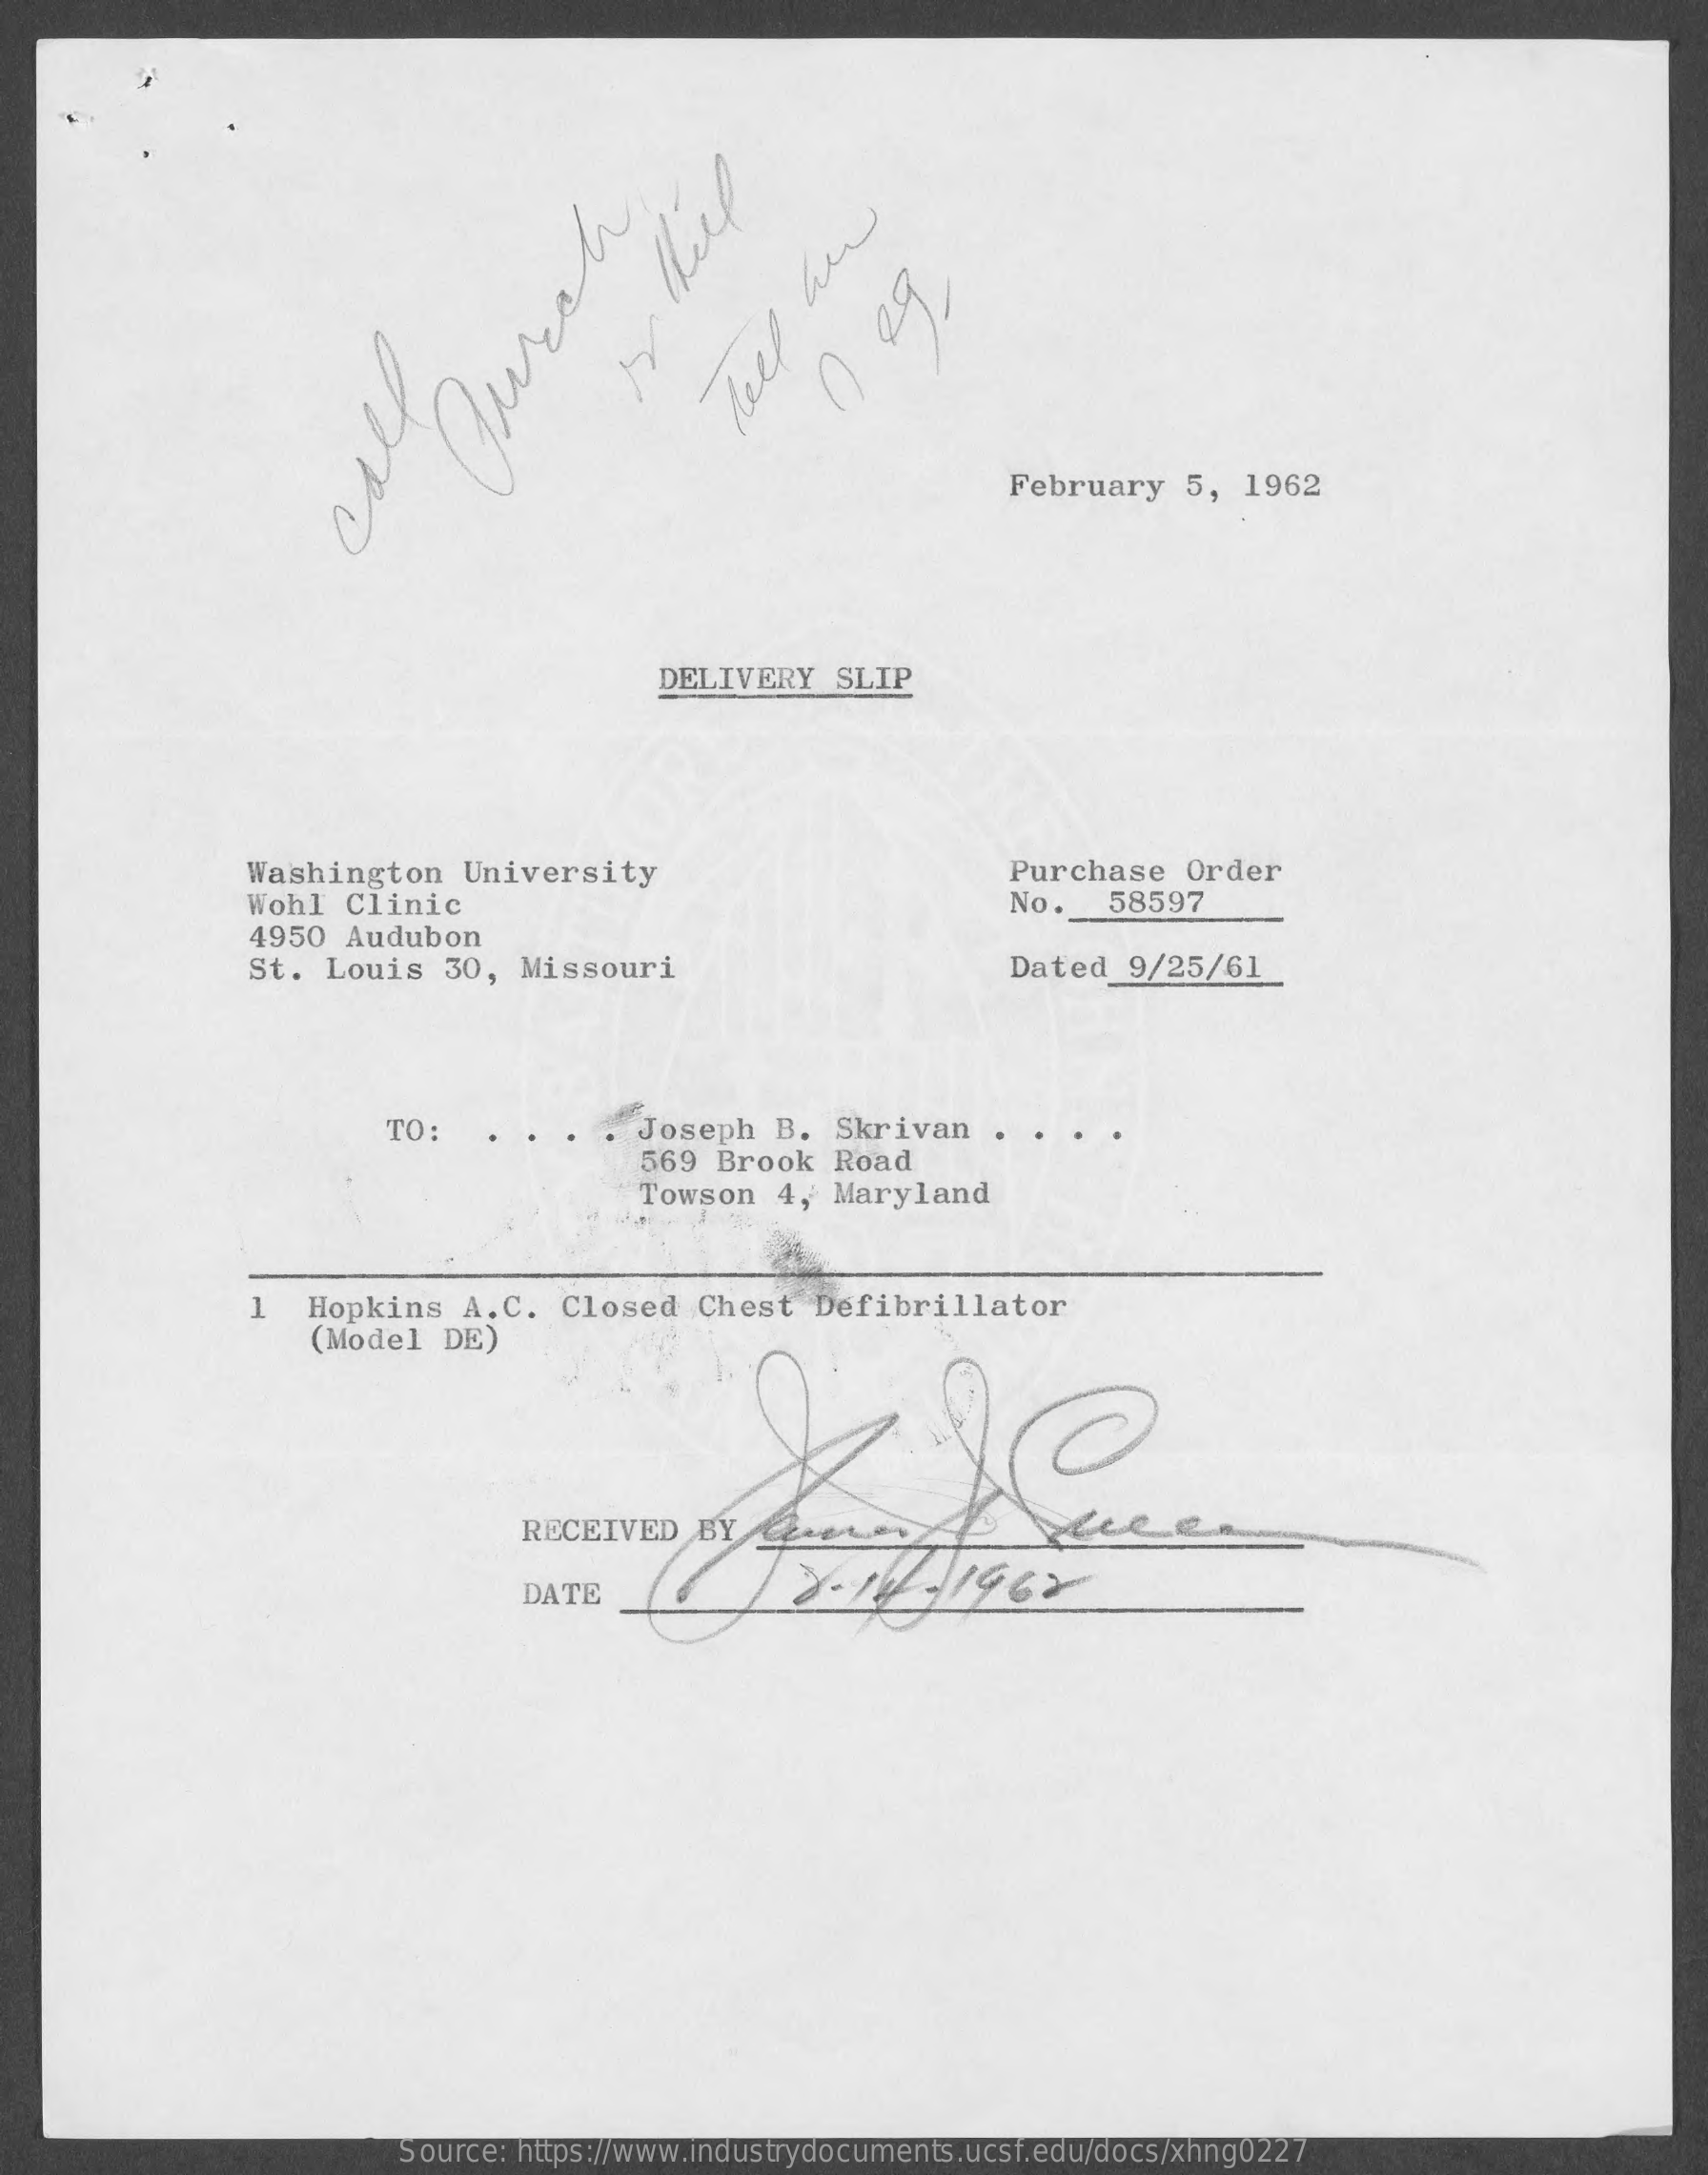
tell
     her
     neg, durch
     February   5,  1962
     DELIVERY   SLIP
     Washington    University    Purchase   Order
     Wohl  Clinic    No.   58597
     4950 Audubon
     St.  Louis   30,  Missouri    Dated  9/25/61
     TO:    Joseph  B.  Skrivan
     569 Brook   Road
     Towson  4,  Maryland
     Hopkins   A. C. Closed   Chest   Defibrillator
     (Model  DE)
     RECEIVED   BY
     DATE
     Source: https://www.industrydocuments.ucsf.edu/docs/xhng0227